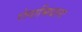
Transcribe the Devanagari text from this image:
रोगाभिधानः